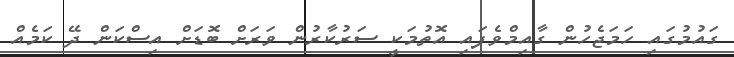
ގައުމުގައި ހަމަޖެހުން ގާއިމްވެފައި އޮތުމަކީ ސަރުކާރުން ވަރަށް ބޮޑަށް އިސްކަން ދޭ ކަމެއް